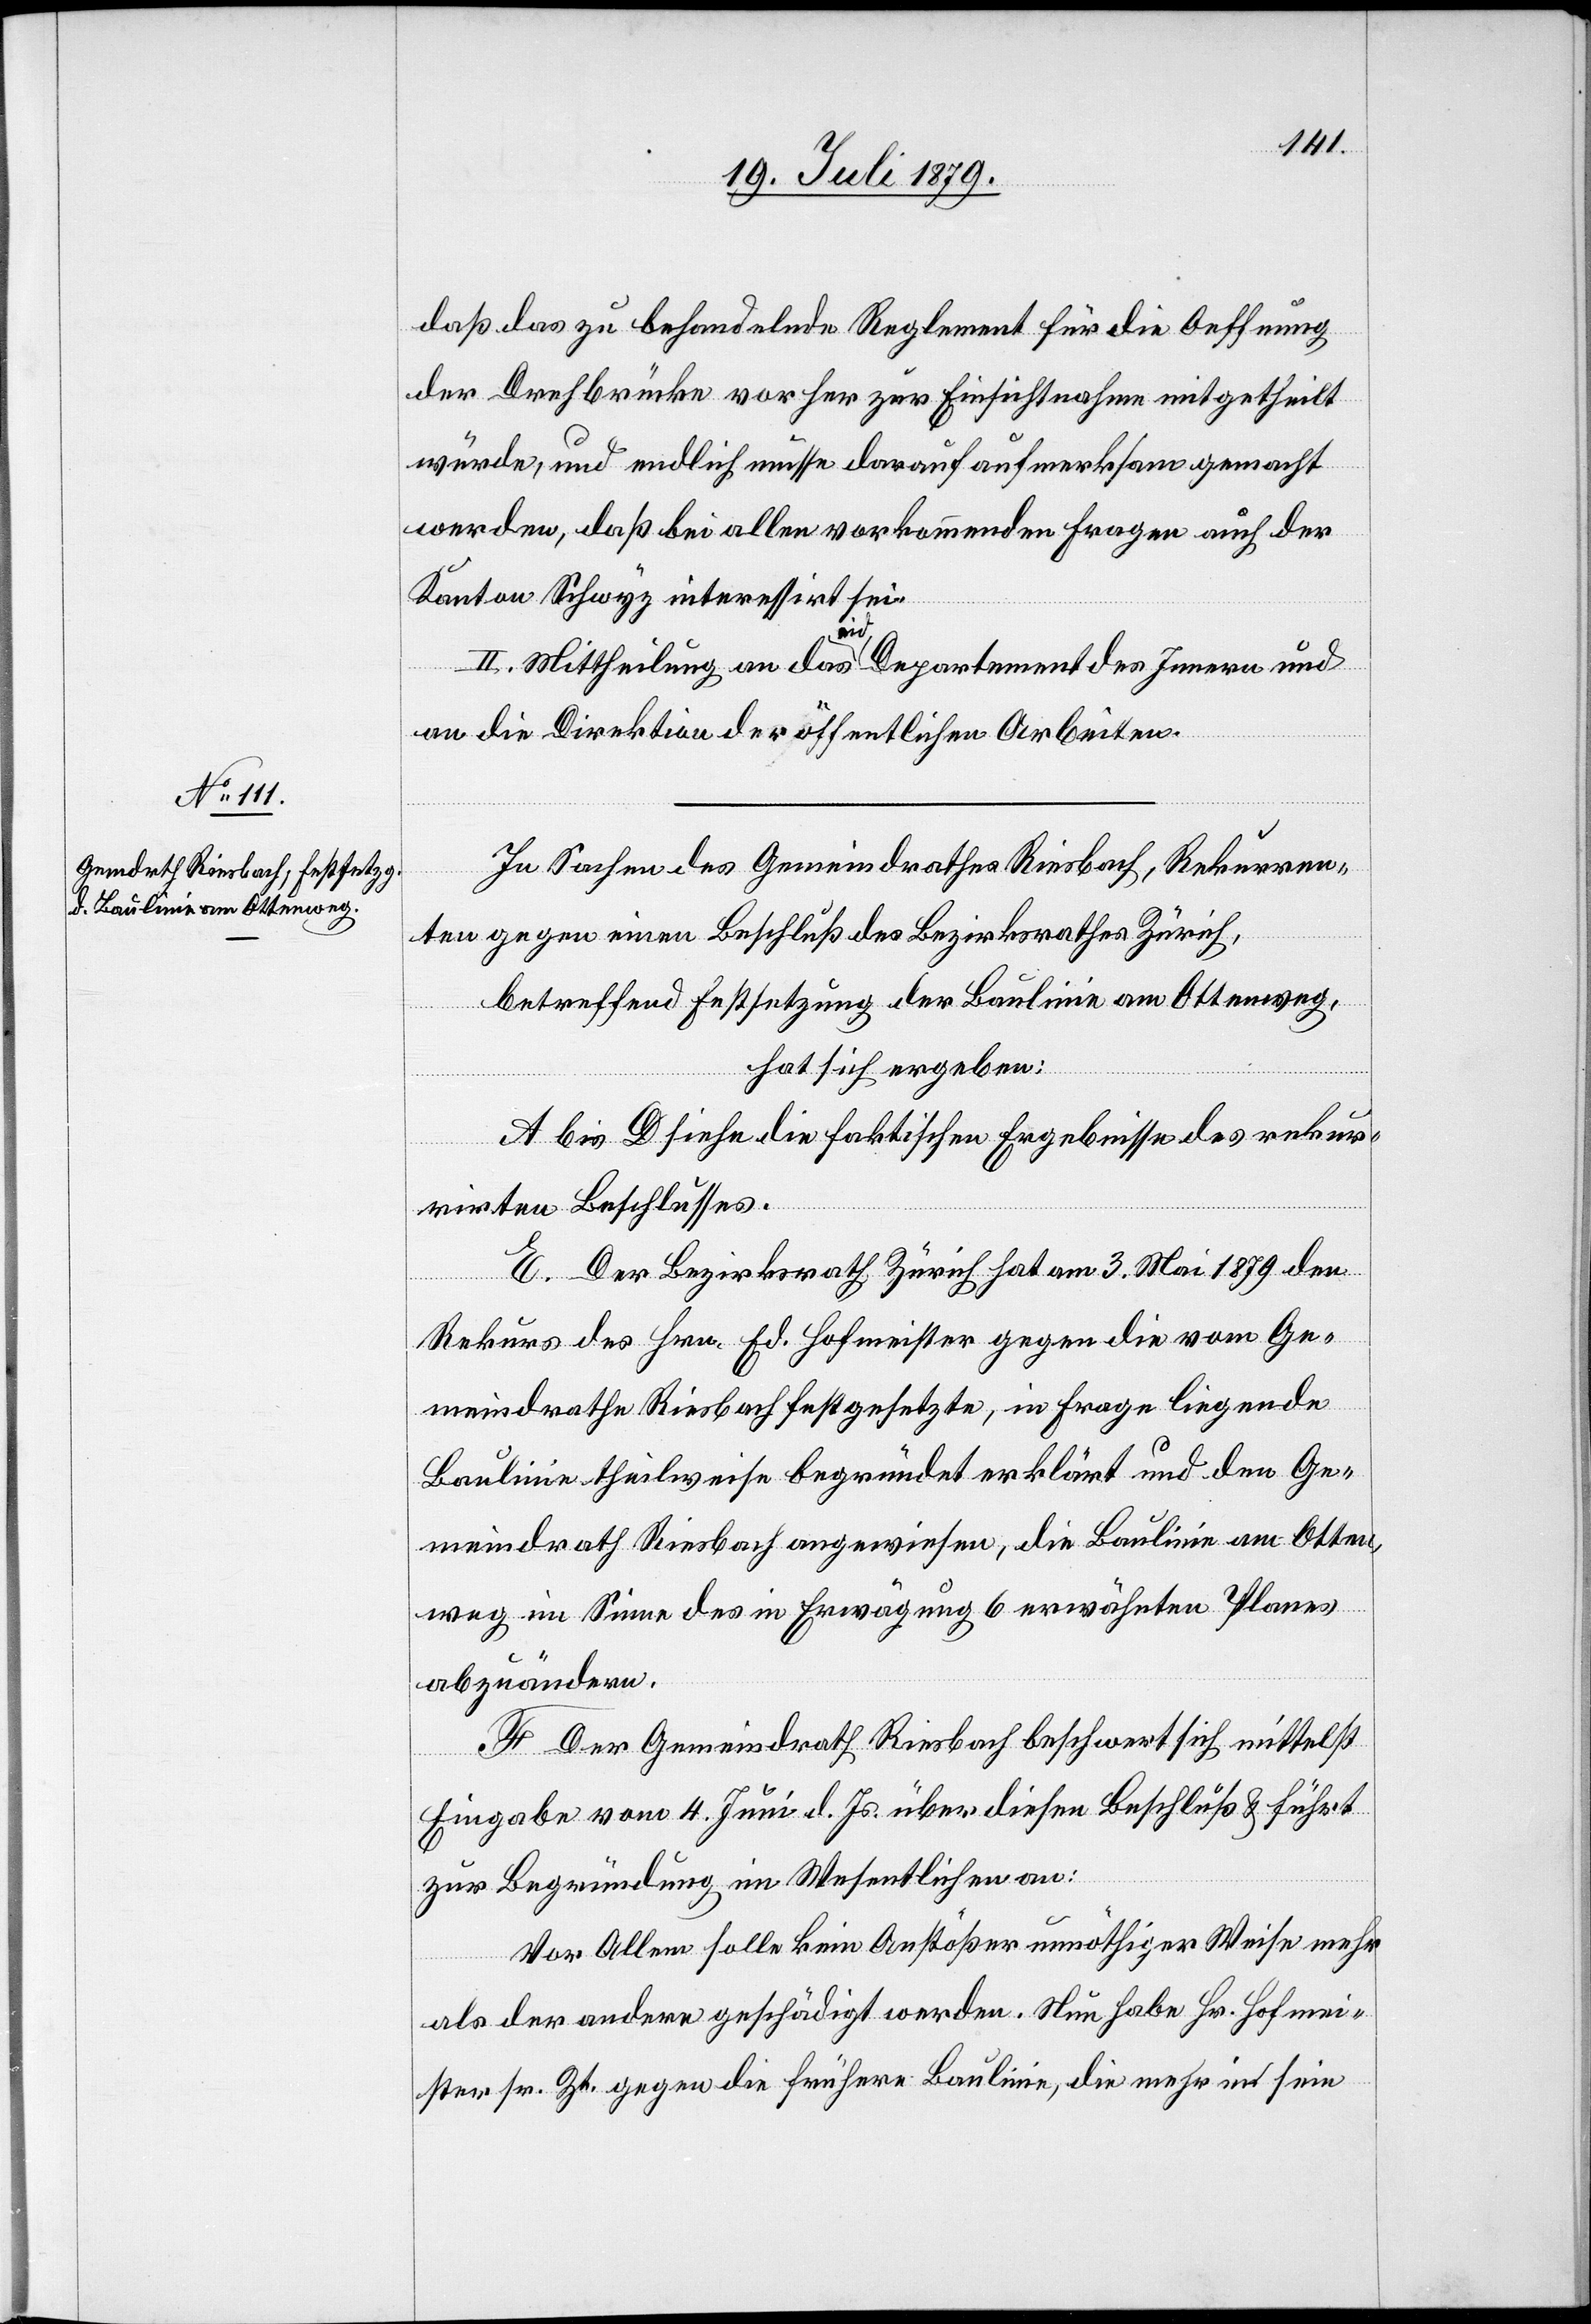
daß das zu behandelnde Reglement für die Oeffnung
der Drehbrücke vorher zur Einsichtnahme mitgetheilt
würde, und endlich müsse darauf aufmerksam gemacht
werden, daß bei allen vorkommenden Fragen auch der
Kanton Schwyz interessirt sei.
II. Mittheilung an das eid. Departement des Innern und
an die Direktion der öffentlichen Arbeiten.
In Sachen des Gemeindrathes Riesbach, Rekurren¬
ten gegen einen Beschluß des Bezirksrathes Zürich,
betreffend Festsetzung der Baulinie am Ottenweg,
hat sich ergeben:
A bis D siehe die faktischen Ergebnisse des rekur¬
rirten Beschlusses.
E. Der Bezirksrath Zürich hat am 3. Mai 1879 den
Rekurs des Hrn. Ed. Hofmeister gegen die vom Ge¬
meindrathe Riesbach festgesetzte, in Frage liegende
Baulinie theilweise begründet erklärt und den Ge¬
meindrath Riesbach angewiesen, die Baulinie am Otten¬
weg im Sinne des in Erwägung 6 erwähnten Planes
abzuändern.
F. Der Gemeindrath Riesbach beschwert sich mittelst
Eingabe vom 4. Juni d. Js. über diesen Beschluß & führt
zur Begründung im Wesentlichen an:
Vor Allem solle kein Anstößer unnöthiger Weise mehr
als der andere geschädigt werden. Nun habe Hr. Hofmei¬
ster sr. Zt. gegen die frühere Baulinie, die mehr in sein